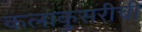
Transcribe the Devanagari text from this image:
कलाकुसरीची